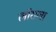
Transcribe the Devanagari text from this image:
लॉराला